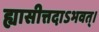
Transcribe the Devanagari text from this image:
ह्यासीत्तदाऽभवत्।